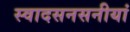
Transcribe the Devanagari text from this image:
स्वादसनसनीयां